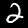
Label: 2